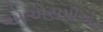
એએસપીએસ